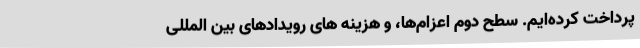
پرداخت کرده‌ایم. سطح دوم اعزام‌ها، و هزینه های رویدادهای بین المللی